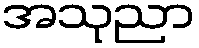
အသုညာ